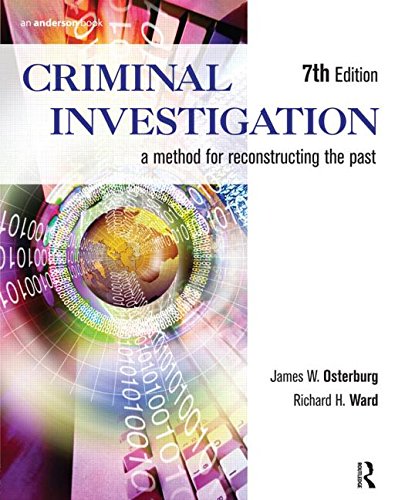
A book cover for Criminal Investigation: A Method for Reconstructing the Past; James W. Osterburg; Law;